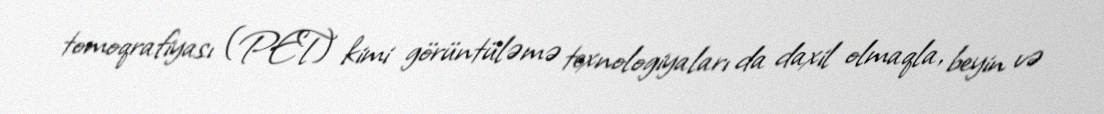
tomoqrafiyası (PET) kimi görüntüləmə texnologiyaları da daxil olmaqla, beyin və